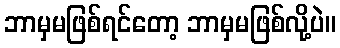
ဘာမှမဖြစ်ရင်တော့ ဘာမှမဖြစ်လို့ပဲ။